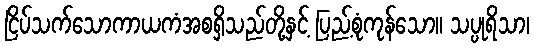
ငြိပ်သက်သောကာယကံအစရှိသည်တို့နှင့် ပြည့်စုံကုန်သော။ သပ္ပုရိသာ၊